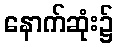
နောက်ဆုံး၌